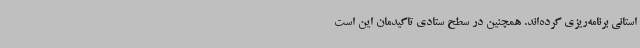
استانی برنامه‌ریزی کرده‌اند. همچنین در سطح ستادی تاکیدمان این است